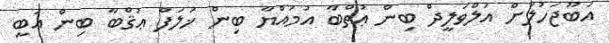
އަބޫޖަހުލަށް އަލްވަލީދް ބިން ޢުތްބާ އުމައްޔާ ބިން ޚަލަފް ޢުޤްބާ ބިން އަބީ